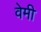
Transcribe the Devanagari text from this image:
वेमी